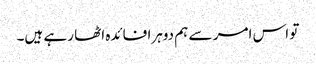
تو اس امر سے ہم دوہرا فائدہ اٹھا رہے ہیں۔